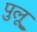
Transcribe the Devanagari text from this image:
पुलू